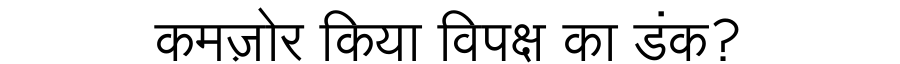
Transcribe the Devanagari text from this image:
कमज़ोर किया विपक्ष का डंक?